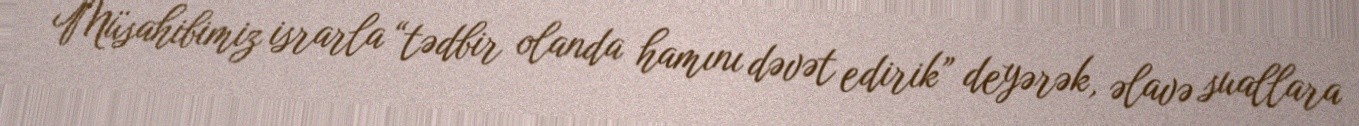
Müsahibimiz israrla “tədbir olanda hamını dəvət edirik” deyərək, əlavə suallara